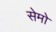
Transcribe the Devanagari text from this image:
सेमो